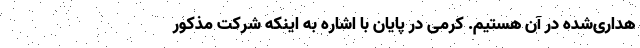
هداری‌شده در آن هستیم. کرمی در پایان با اشاره به اینکه شرکت مذکور